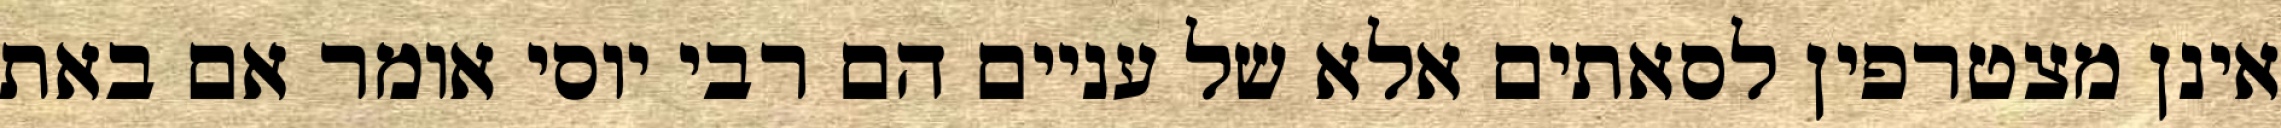
אינן מצטרפין לסאתים אלא של עניים הם רבי יוסי אומר אם באת